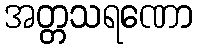
အတ္တသရဏော